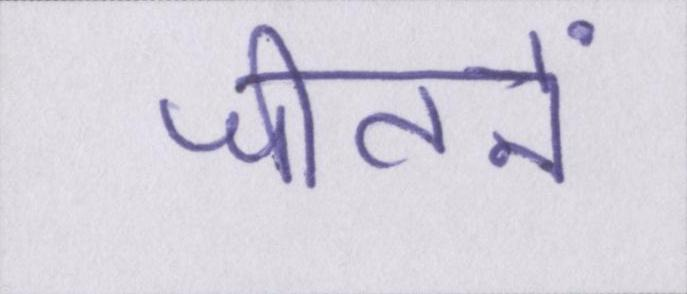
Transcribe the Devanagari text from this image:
जीतनें